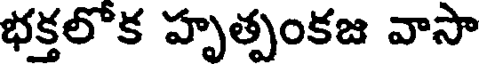
భక్తలోక హృత్పంకజ వాసా